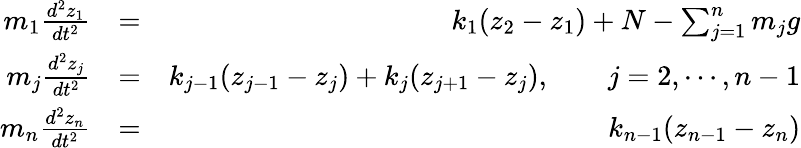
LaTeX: \begin{array}{rlr}{m_{1}\frac{d^{2}z_{1}}{dt^{2}}}&{=}&{k_{1}(z_{2}-z_{1})+N-\sum_{j=1}^{n}m_{j}g}\\ {m_{j}\frac{d^{2}z_{j}}{dt^{2}}}&{=}&{k_{j-1}(z_{j-1}-z_{j})+k_{j}(z_{j+1}-z_{j}),\qquad j=2,\cdots,n-1}\\ {m_{n}\frac{d^{2}z_{n}}{dt^{2}}}&{=}&{k_{n-1}(z_{n-1}-z_{n})}\end{array}